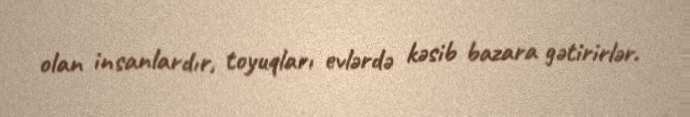
olan insanlardır, toyuqları evlərdə kəsib bazara gətirirlər.